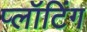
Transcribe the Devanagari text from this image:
प्लॉटिंग